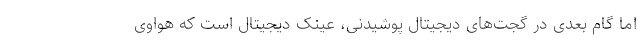
اما گام بعدی در گجت‌های دیجیتال پوشیدنی، عینک دیجیتال است که هواوی